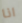
انا